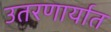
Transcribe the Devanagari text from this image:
उतरणार्यात